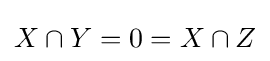
X\cap Y=0=X\cap Z